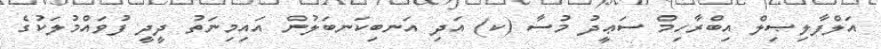
އަލްފާލިޞިލް އިބްރާހިމް ސަޢީދު މުސާ (ކ) އަދި އަނބިކަނބަލުން އައިމިނަތު ދީދީ ފުވައްމުލަކުގެ